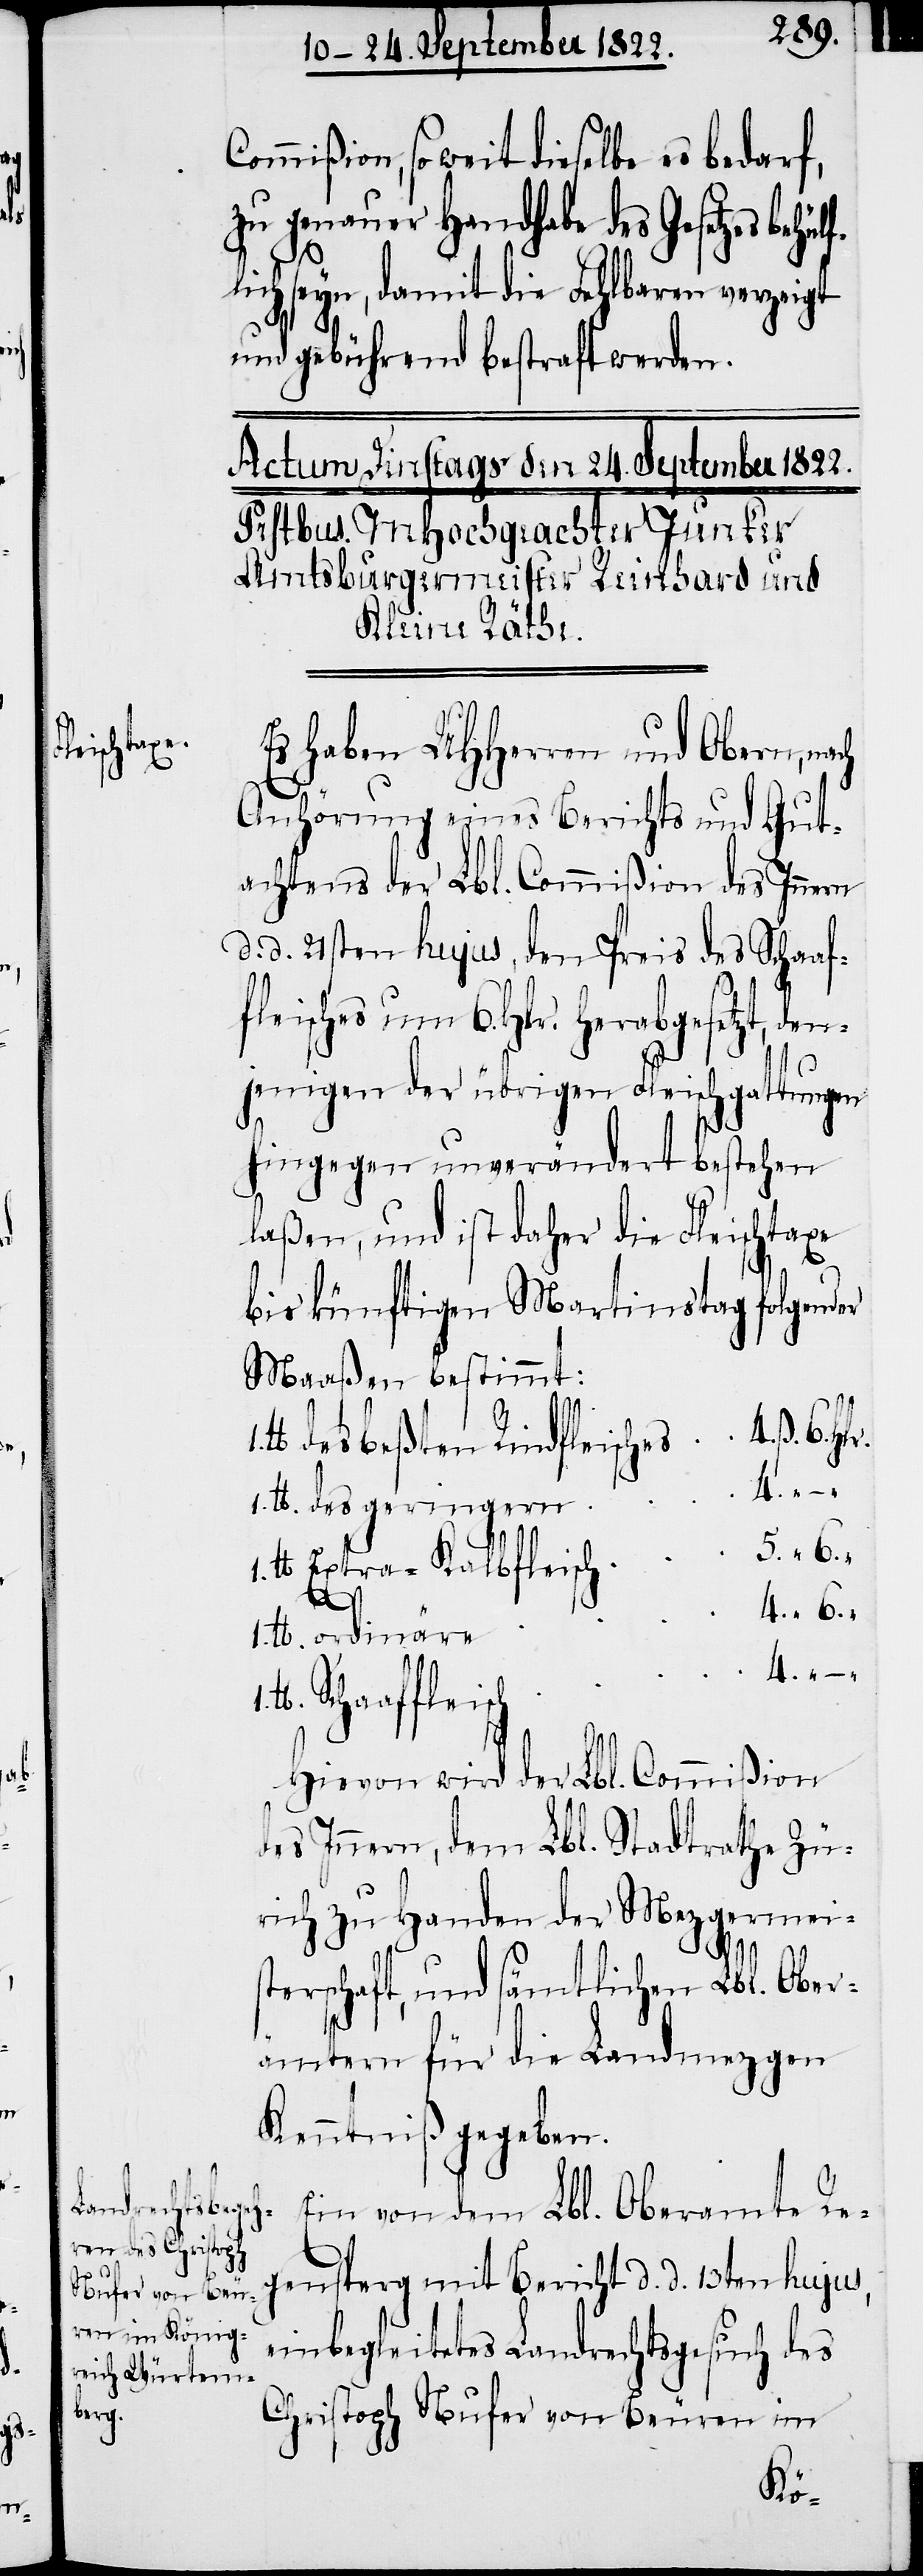
Commißion, so weit dieselbe es bedarf,
zu genauer Handhabe des Geset¬
1.
flich seyn, damit die Fehlbaren verzeigt
und gebührend bestraft werden.
Es haben UHHerrn und Obern, na¬
Anhörung eines Berichts und Gut¬
achtens der Lbl. Commißion des Inne¬
d. d. 21sten hujus, den Preis des Schaaf¬
fleisches um 6. Hkr. herabgesetzt, den¬
jenigen der übrigen Fleischgattungen
hingegen unverändert bestehen
laßen, und ist daher die Fleischtaxe
bis künftigen Martinstag folgender
Maaßen bestimmt:
1. tt.
tt des beßten Rindfleische¬
tt Extra-Kalbfleisc¬
„
„
wird der Lbl. Commißion
des Innern, dem Lbl. Stadtrathe Zü¬
rich zu Handen der Mezgermeis¬
terschaft, und sämmtlichen Lbl. Ober¬
ämtern für die Landmezgen
Kenntniß gegeben.
Ein von dem Lbl. Oberamte Re¬
gensperg mit Bericht d. d. 13ten hujus,
einbegleitetes Landrechtsgesuch des
Christoph Nufer von Beuren im